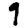
Digit: 9